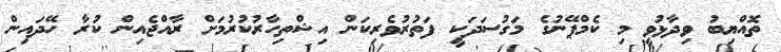
ތޮއްޔިބު ވިދާޅުވީ މި ކެމްޕޭނުގެ މަގުސަދަކީ ފަތުރުވެރިކަން އިޝްތިހާރުކުރުމަށް ރާއްޖެއިން ކުރާ ހޭދައިން